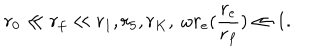
r _ { 0 } \ll r _ { f } \ll r _ { 1 } , r _ { 5 } , r _ { K } , \ \omega r _ { e } ( \frac { r _ { e } } { r _ { f } } ) \ll 1 .